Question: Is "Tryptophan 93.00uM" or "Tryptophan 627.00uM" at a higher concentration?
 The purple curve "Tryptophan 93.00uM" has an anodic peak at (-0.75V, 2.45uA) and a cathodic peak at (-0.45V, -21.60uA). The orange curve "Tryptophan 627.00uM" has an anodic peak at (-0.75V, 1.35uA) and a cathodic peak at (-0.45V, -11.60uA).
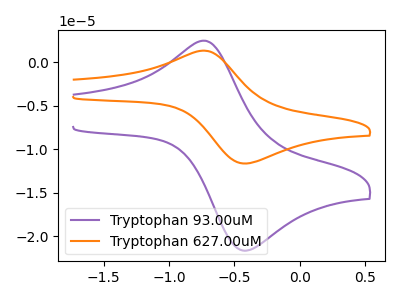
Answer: <think>All the peaks in "Tryptophan 93.00uM" have a peak in "Tryptophan 627.00uM" at the same potential. Every peak in "Tryptophan 93.00uM" is higher than every peak in "Tryptophan 627.00uM".
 </think>
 <answer>"Tryptophan 93.00uM" has more signal than "Tryptophan 627.00uM" and so likely has a higher concentration.</answer>
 <eval>more_concentration</eval>